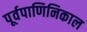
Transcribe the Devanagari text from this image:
पूर्वपाणिनिकाल